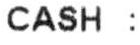
CASH :